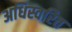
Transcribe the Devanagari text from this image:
अधिस्वरित